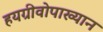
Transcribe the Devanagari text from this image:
हयग्रीवोपाख्यान